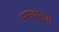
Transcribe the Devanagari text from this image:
भगवाना।।